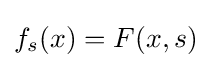
f_{s}(x)=F(x,s)